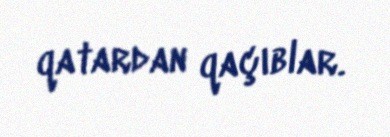
qatardan qaçıblar.